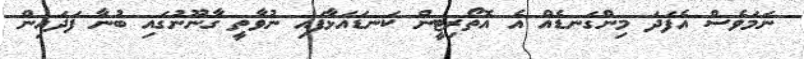
ނަމަވެސް އެފަދަ މިންގަނޑެއް އެ އޮތޯރިޓީން ކަނޑައަޅާފައި ނުވާތީ ގާނޫނުގައި ބުނާ ފަދައިން